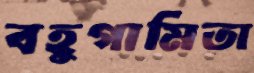
বহুগামিতা